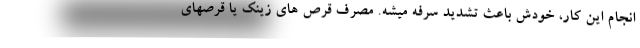
انجام این کار، خودش باعث تشدید سرفه میشه. مصرف قرص های زینک یا قرصهای